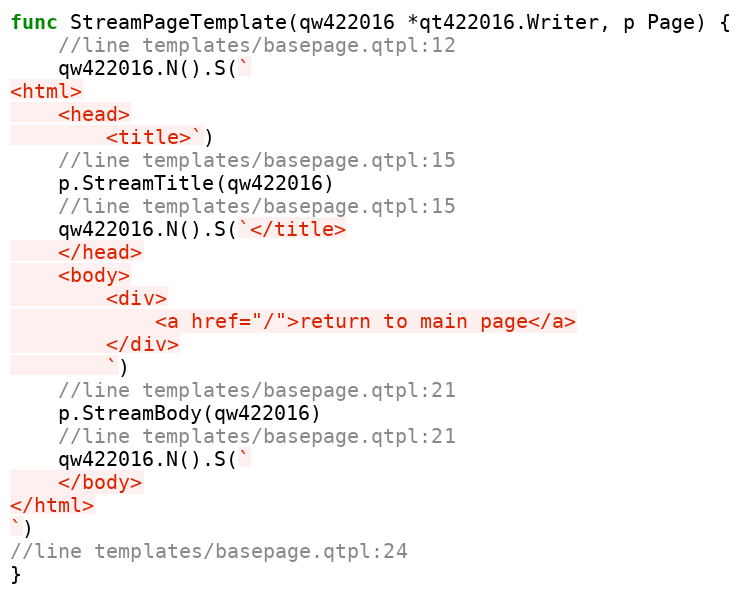
Language: Go
func StreamPageTemplate(qw422016 *qt422016.Writer, p Page) {
	//line templates/basepage.qtpl:12
	qw422016.N().S(`
<html>
	<head>
		<title>`)
	//line templates/basepage.qtpl:15
	p.StreamTitle(qw422016)
	//line templates/basepage.qtpl:15
	qw422016.N().S(`</title>
	</head>
	<body>
		<div>
			<a href="/">return to main page</a>
		</div>
		`)
	//line templates/basepage.qtpl:21
	p.StreamBody(qw422016)
	//line templates/basepage.qtpl:21
	qw422016.N().S(`
	</body>
</html>
`)
//line templates/basepage.qtpl:24
}